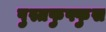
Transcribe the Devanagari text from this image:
पुस्तफुफ्फुस